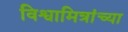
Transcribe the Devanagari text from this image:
विश्वामित्रांच्या